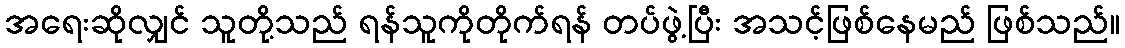
အရေးဆိုလျှင် သူတို့သည် ရန်သူကိုတိုက်ရန် တပ်ဖွဲ့ပြီး အသင့်ဖြစ်နေမည် ဖြစ်သည်။